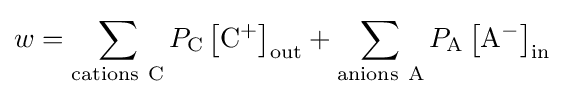
w=\sum _{\mathrm {cations\ C} }P_{\mathrm {C} }\left[\mathrm {C} ^{+}\right]_{\mathrm {out} }+\sum _{\mathrm {anions\ A} }P_{\mathrm {A} }\left[\mathrm {A} ^{-}\right]_{\mathrm {in} }